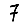
Digit: 7